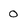
Character: 0